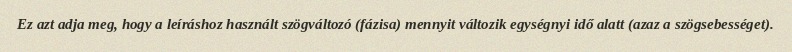
Ez azt adja meg, hogy a leíráshoz használt szögváltozó (fázisa) mennyit változik egységnyi idő alatt (azaz a szögsebességet).